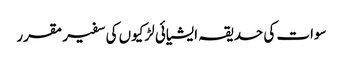
سوات کی حدیقہ ایشیائی لڑکیوں کی سفیر مقرر